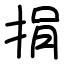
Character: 捐